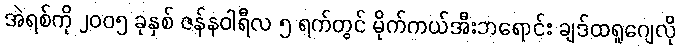
အဲရစ်ကို ၂၀၀၅ ခုနှစ် ဇန်နဝါရီလ ၅ ရက်တွင် မိုက်ကယ်အီးဘရောင်း ချဒ်ထရူဂျေလို